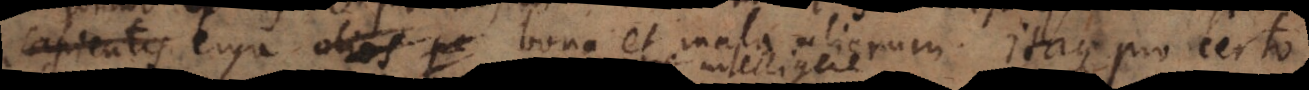
sapiente digna, erga bona et mala aliorum. Itaque pro certo